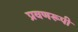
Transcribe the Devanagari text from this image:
प्रवणरूपी